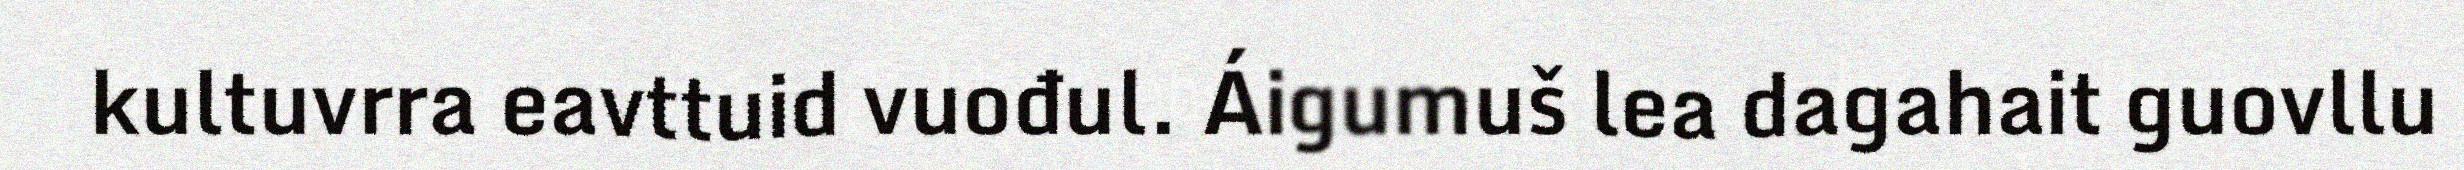
kultuvrra eavttuid vuođul. Áigumuš lea dagahait guovllu